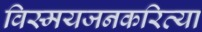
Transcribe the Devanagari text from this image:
विस्मयजनकरित्या